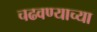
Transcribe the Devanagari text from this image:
चढवण्याच्या